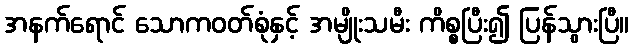
အနက်ရောင် သောကဝတ်စုံနှင့် အမျိုးသမီး ကိစ္စပြီး၍ ပြန်သွားပြီ။